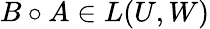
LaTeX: B\circ A\in L(U,W)